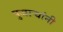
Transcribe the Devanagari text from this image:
पुजाऱ्यांनी